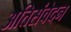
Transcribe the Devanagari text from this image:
अतिसंवेदन